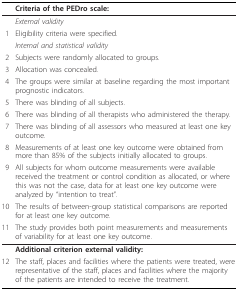
<table><thead><tr><td></td><td><b>Criteria of the PEDro scale:</b></td></tr></thead><tbody><tr><td></td><td><i>External validity</i></td></tr><tr><td>1</td><td>Eligibility criteria were specified.</td></tr><tr><td></td><td><i>Internal and statistical validity</i></td></tr><tr><td>2</td><td>Subjects were randomly allocated to groups.</td></tr><tr><td>3</td><td>Allocation was concealed.</td></tr><tr><td>4</td><td>The groups were similar at baseline regarding the most important prognostic indicators.</td></tr><tr><td>5</td><td>There was blinding of all subjects.</td></tr><tr><td>6</td><td>There was blinding of all therapists who administered the therapy.</td></tr><tr><td>7</td><td>There was blinding of all assessors who measured at least one key outcome.</td></tr><tr><td>8</td><td>Measurements of at least one key outcome were obtained from more than 85% of the subjects initially allocated to groups.</td></tr><tr><td>9</td><td>All subjects for whom outcome measurements were available received the treatment or control condition as allocated, or where this was not the case, data for at least one key outcome were analyzed by &quot;intention to treat&quot;.</td></tr><tr><td>10</td><td>The results of between-group statistical comparisons are reported for at least one key outcome.</td></tr><tr><td>11</td><td>The study provides both point measurements and measurements of variability for at least one key outcome.</td></tr><tr><td></td><td><b>Additional criterion external validity:</b></td></tr><tr><td>12</td><td>The staff, places and facilities where the patients were treated, were representative of the staff, places and facilities where the majority of the patients are intended to receive the treatment.</td></tr></tbody></table>